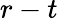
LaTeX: r-t